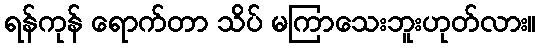
ရန်ကုန် ရောက်တာ သိပ် မကြာသေးဘူးဟုတ်လား။